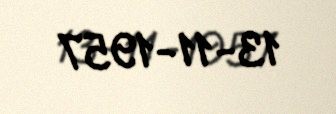
13-11-1957